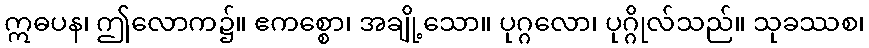
ဣဓပန၊ ဤလောက၌။ ဧကစ္စော၊ အချို့သော။ ပုဂ္ဂလော၊ ပုဂ္ဂိုလ်သည်။ သုခဿစ၊